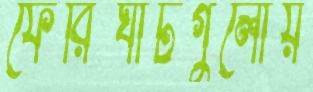
ফেরিঘাটগুলোয়